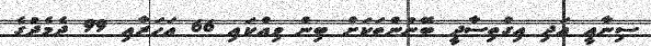
ސިނާއީ އަދި އިގްތިސާދީ ބޭނުންތަކަށް ބިން ވިއްކައި 66 އަހަރާއި 99 ދެމެދުގެ